Report of the Indian Hemp Drugs Commission, 1894-1895 - Volume IV
Year: 1894
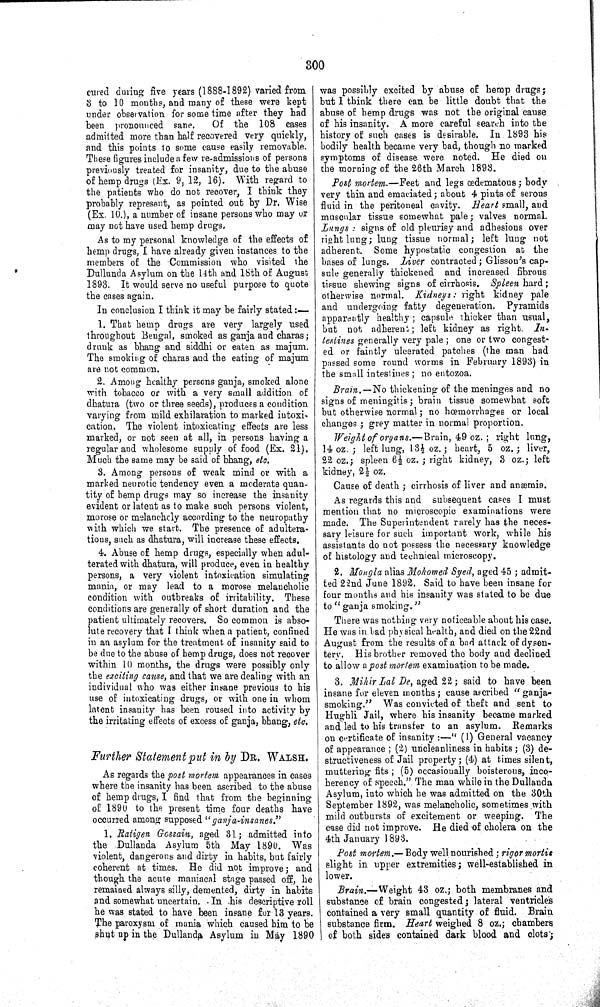
300
cured during five years (1888-1892) varied from
3 to 10 months, and many of these were kept
under observation for some time after they had
been pronounced sane.
Of the 108 cases
admitted more than half recovered very quickly,
and this points to some cause easily removable.
These figures include a few re-admissions of persons
previously treated for insanity, due to the abuse
of hemp drugs (Ex. 9, 12, 16). With regard to
the patients who do not recover, I think they
probably represent, as pointed out by Dr. Wise
(Ex. 10.), a number of insane persons who may or
may not have used hemp drugs.
As to my personal knowledge of the effects of
hemp drugs, I have already given instances to the
members of the Commission who visited the
Dullunda Asylum on the 14th and 18th of August
1893. It would serve no useful purpose to quote
the cases again.
In conclusion I think it may be fairly stated:—
1. That hemp drugs are very largely used
throughout Bengal, smoked as ganja and charas;
drunk as bhang and siddhi or eaten as majum.
The smoking of charas and the eating of majum
are not common.
2. Among healthy persons ganja, smoked alone
with tobacco or with a very small addition of
dhatura (two or three seeds), produces a condition
varying from mild exhilaration to marked intoxi-
cation. The violent intoxicating effects are less
marked, or not seen at all, in persons having a
regular and wholesome supply of food (Ex. 21).
Much the same may be said of bhang, etc.
3. Among persons of weak mind or with a
marked neurotic tendency even a moderate quan-
tity of hemp drugs may so increase the insanity
evident or latent as to make such persons violent,
morose or melancholy according to the neuropathy
with which we start. The presence of adultera-
tions, such as dhatura, will increase these effects.
4. Abuse of hemp drugs, especially when adul-
terated with dhatura, will produce, even in healthy
persons, a very violent intoxication simulating
mania, or may lead to a morose melancholic
condition with outbreaks of irritability. These
conditions are generally of short duration and the
patient ultimately recovers. So common is abso-
lute recovery that I think when a patient, confined
in an asylum for the treatment of insanity said to
be due to the abuse of hemp drugs, does not recover
within 10 months, the drugs were possibly only
the exciting cause, and that we are dealing with an
individual who was either insane previous to his
use of intoxicating drugs, or with one in whom
latent insanity has been roused into activity by
the irritating effects of excess of ganja, bhang, etc.
Further Statement put in by DR. WALSH.
As regards the post mortem appearances in cases
where the insanity has been ascribed to the abuse
of hemp drugs, I find that from the beginning
of 1890 to the present time four deaths have
occurred among supposed "ganja-insanes."
1. Ratigen Gossain, aged 31; admitted into
the Dullanda Asylum 5th May 1890. Was
violent, dangerous and dirty in habits, but fairly
coherent at times. He did not improve; and
though the acute maniacal stage passed off, he
remained always silly, demented, dirty in habits
and somewhat uncertain. In his descriptive roll
he was stated to have been insane for 13 years.
The paroxysm of mania which caused him to be
shut up in the Dullanda Asylum in May 1890
was possibly excited by abuse of hemp drugs;
but I think there can be little doubt that the
abuse of hemp drugs was not the original cause
of his insanity. A more careful search into the
history of such cases is desirable. In 1893 his
bodily health became very bad, though no marked
symptoms of disease were noted. He died on
the morning of the 26th March 1893.
Post mortem.—Feet and legs œdematous; body
very thin and emaciated; about 4 pints of serous
fluid in the peritoneal cavity. Heart small, and
muscular tissue somewhat pale; valves normal.
Lungs
signs of old pleurisy and adhesions over
right lung; lung tissue normal; left lung not
adherent. Some hypostatic congestion at the
bases of lungs. Liver contracted; Glisson's cap-
sule generally thickened and increased fibrous
tissue shewing signs of cirrhosis. Spleen hard;
otherwise normal. Kidneys: right kidney pale
and undergoing fatty degeneration. Pyramids
apparently healthy; capsule thicker than usual,
but not adherent; left kidney as right. In-
testines generally very pale; one or two congest-
ed or faintly ulcerated patches (the man had
passed some round worms in February 1893) in
the small intestines; no entozoa.
Brain.—No
thickening of the meninges and no
signs of meningitis; brain tissue somewhat soft
but otherwise normal; no hœmorrhages or local
changes; grey matter in normal proportion.
Weight of organs.—Brain,
49 oz.; right lung,
14 oz.; left lung, 131/2 oz.; heart, 5 oz.; liver,
22 oz.; spleen 6½ oz.; right kidney, 3 oz.; left
kidney, 21/2 oz.
Cause of death; cirrhosis of liver and anæmia.
As regards this and subsequent cases I must
mention that no microscopic examinations were
made. The Superintendent rarely has the neces-
sary leisure for such important work, while his
assistants do not possess the necessary knowledge
of histology and technical microscopy.
2. Mougla alias Mohomed Syed, aged 45; admit-
ted 22nd June 1892. Said to have been insane for
four months and his insanity was stated to be due
to "ganja smoking."
There was nothing very noticeable about his case.
He was in bad physical health, and died on the 22nd
August from the results of a bad attack of dysen-
tery. His brother removed the body and declined
to allow a post mortem examination to be made.
3. Mihir Lal De, aged 22; said to have been
insane for eleven months; cause ascribed "ganja-
smoking." Was convicted of theft and sent to
Hughli Jail, where his insanity became marked
and led to his transfer to an asylum. Remarks
on certificate of insanity:—"(1) General vacancy
of appearance; (2) uncleanliness in habits; (3) de-
structiveness of Jail property; (4) at times silent,
muttering fits; (5) occasionally boisterous, inco-
herency of speech." The man while in the Dullanda
Asylum, into which he was admitted on the 30th
September 1892, was melancholic, sometimes with
mild outbursts of excitement or weeping. The
case did not improve. He died of cholera on the
4th January 1893.
Post mortem.—Body well nourished; rigor mortis
slight in upper extremities; well-established in
lower.
Brain.—Weight
43 oz.; both membranes and
substance of brain congested; lateral ventricles
contained a very small quantity of fluid. Brain
substance firm. Heart weighed 8 oz.; chambers
of both sides contained dark blood and clots;